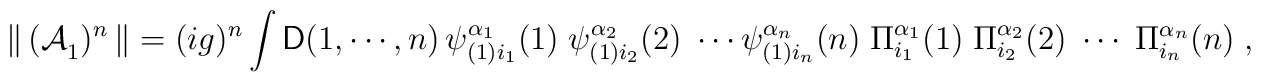
{\|}\,{(\cal{A}}_1)^n\,{\|}=(ig)^n\int{\sf D}(1,\cdots,n)\,\psi^{{\alpha_1}}_{(1)i_1}(1)\;\psi^{{\alpha_2}}_{(1)i_2}(2)\;\cdots\psi^{{\alpha_n}}_{(1)i_n}(n)\;\Pi_{i_1}^{\alpha_1}(1)\;\Pi_{i_2}^{\alpha_2}(2)\;\cdots\;\Pi_{i_n}^{\alpha_n}(n)\;,